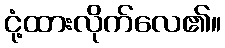
ငုံ့ထားလိုက်လေ၏။